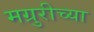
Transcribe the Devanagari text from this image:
मग्रुरीच्या